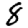
Digit: 8